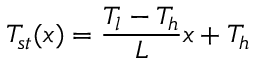
T _ { s t } ( x ) = \frac { T _ { l } - T _ { h } } { L } x + T _ { h }